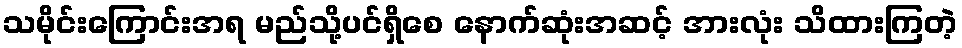
သမိုင်းကြောင်းအရ မည်သို့ပင်ရှိစေ နောက်ဆုံးအဆင့် အားလုံး သိထားကြတဲ့